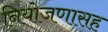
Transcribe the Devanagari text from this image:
नियोजणासह